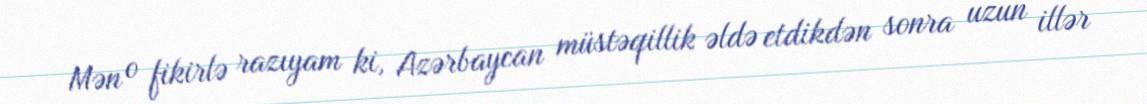
Mən o fikirlə razıyam ki, Azərbaycan müstəqillik əldə etdikdən sonra uzun illər